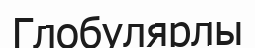
Глобулярлы